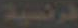
فرنسية